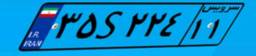
۸۳S۱۱۵۲۷